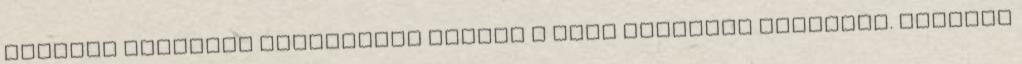
szerzői egységes véleményen vannak a jóga értelmét illetően. Ezekben